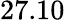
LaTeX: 27.10